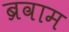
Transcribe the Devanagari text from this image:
ब्रवाम